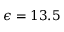
\epsilon = 1 3 . 5